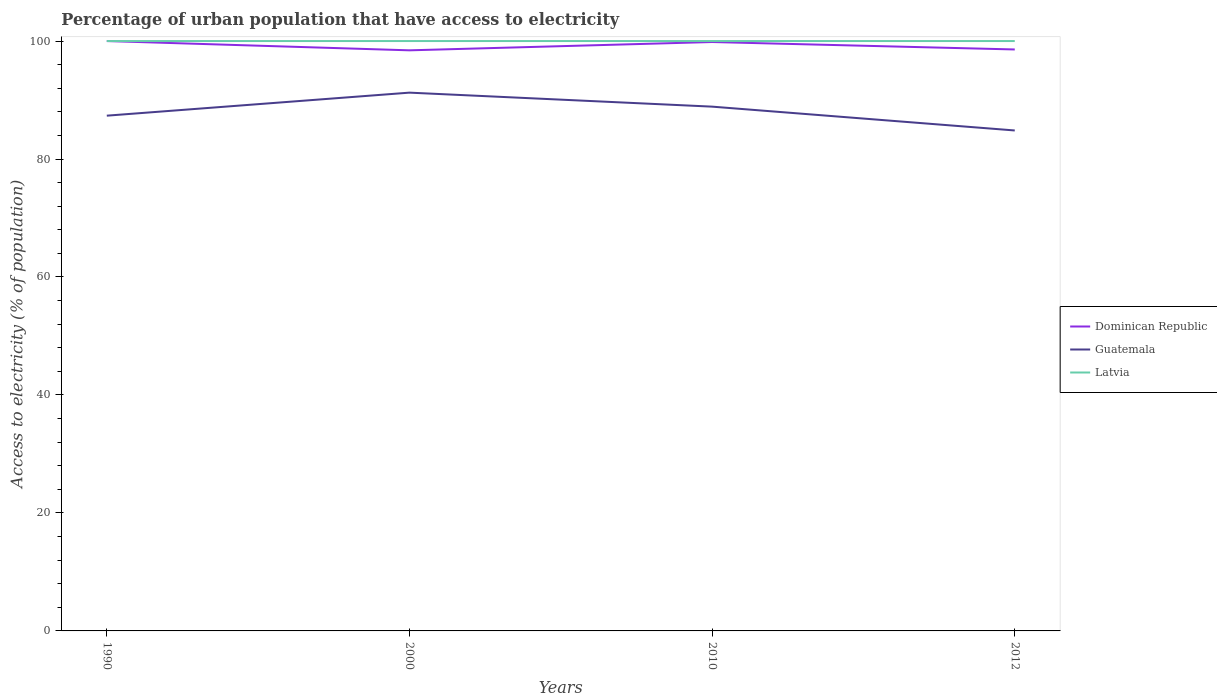
| Years | Dominican Republic | Guatemala | Latvia |
 | --- | --- | --- | --- |
 | 1990 | 100 | 87.3 | 100 |
 | 2000 | 98.4 | 91.3 | 100 |
 | 2010 | 99.8 | 88.9 | 100 |
 | 2012 | 98.6 | 84.8 | 100 |